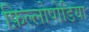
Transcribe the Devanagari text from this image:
फ़िल्लोपोडिया